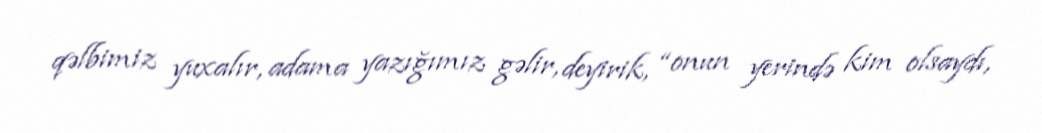
qəlbimiz yuxalır, adama yazığımız gəlir, deyirik, “onun yerində kim olsaydı,